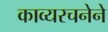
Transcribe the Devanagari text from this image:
काव्यरचनेने